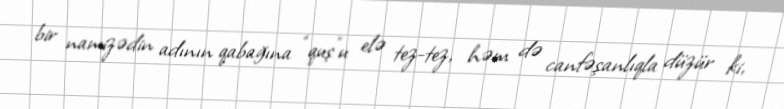
bir namizədin adının qabağına “quş”u elə tez-tez, həm də canfəşanlıqla düzür ki,